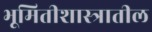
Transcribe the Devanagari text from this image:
भूमितीशास्त्रातील